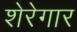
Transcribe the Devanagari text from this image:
शेरेगार